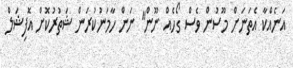
އަނެއްކާ އެތަނަށް މޫސުން ވެސް ގޯހެއް ނޫން" ނަން ހާމަނުކުރަން ޝަތުރުކޮށް އޮފިޝަލް